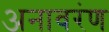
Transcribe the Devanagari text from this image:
अनावरंण